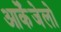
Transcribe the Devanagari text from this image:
आर्केंजेलो